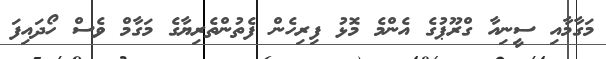
މަގާމާއި ސީނިއާ ގްރޫޕުގެ އެންމެ މޮޅު ފިރިހެން ފެތުންތެރިޔާގެ މަގާމް ވެސް ހޯދައިފަ